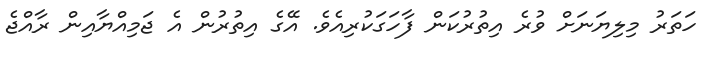
ހަތަރު މިލިޔަނަށް ވުރެ އިތުރުކަން ފާހަގަކުރިއެވެ. އޭގެ އިތުރުން އެ ޖަމިއްޔާއިން ރާއްޖެ